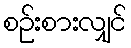
စဉ်းစားလျှင်